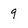
Character: 9